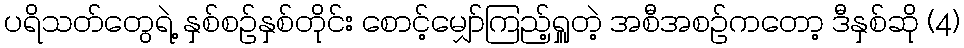
ပရိသတ်တွေရဲ့ နှစ်စဉ်နှစ်တိုင်း စောင့်မျှော်ကြည့်ရှူတဲ့ အစီအစဉ်ကတော့ ဒီနှစ်ဆို (4)